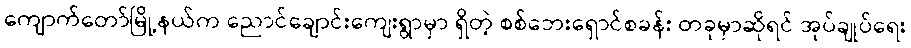
ကျောက်တော်မြို့နယ်က ညောင်ချောင်းကျေးရွာမှာ ရှိတဲ့ စစ်ဘေးရှောင်စခန်း တခုမှာဆိုရင် အုပ်ချုပ်ရေး